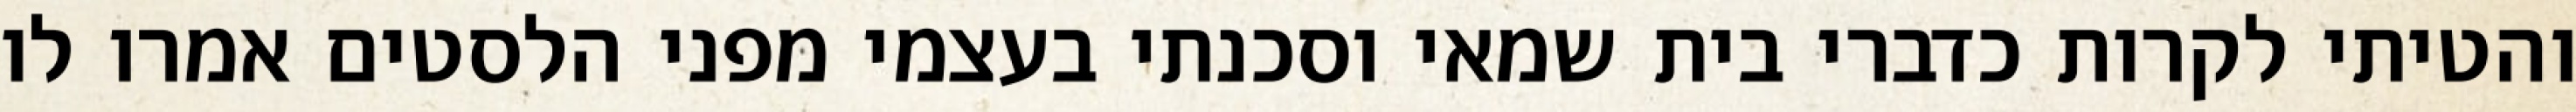
והטיתי לקרות כדברי בית שמאי וסכנתי בעצמי מפני הלסטים אמרו לו